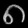
Digit: ၈